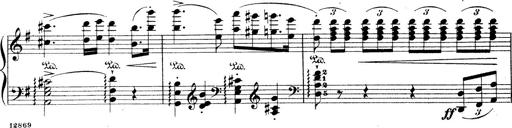
Title: Wagner-Liszt Album
Composer: Franz Liszt